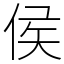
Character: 侯